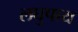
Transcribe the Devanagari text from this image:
लघुपाय